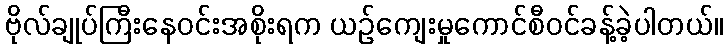
ဗိုလ်ချုပ်ကြီးနေဝင်းအစိုးရက ယဉ်ကျေးမှုကောင်စီဝင်ခန့်ခဲ့ပါတယ်။